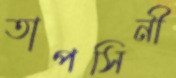
তাপসিনী